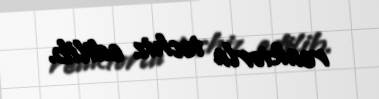
reaktorla təchiz edilib.